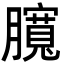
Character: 臗